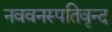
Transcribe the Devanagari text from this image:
नववनस्पतिवृन्द